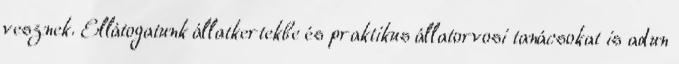
vesznek. Ellátogatunk állatkertekbe és praktikus állatorvosi tanácsokat is adun